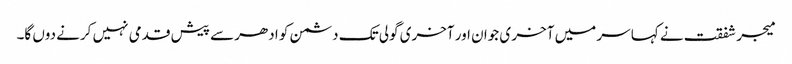
میجر شفقت نے کہا سر میں آخر ی جوان اور آخری گولی تک دشمن کو ادھر سے پیش قدمی نہیں کرنے دوں گا۔